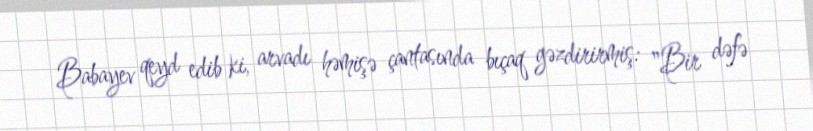
Babayev qeyd edib ki, arvadı həmişə çantasında bıçaq gəzdirirmiş: "Bir dəfə